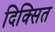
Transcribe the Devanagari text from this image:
दिक्सित